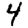
Digit: 4